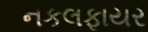
નકલફાયર